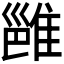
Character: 𬯮